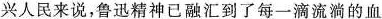
兴人民来说，鲁迅精神已融汇到了每一滴流淌的血